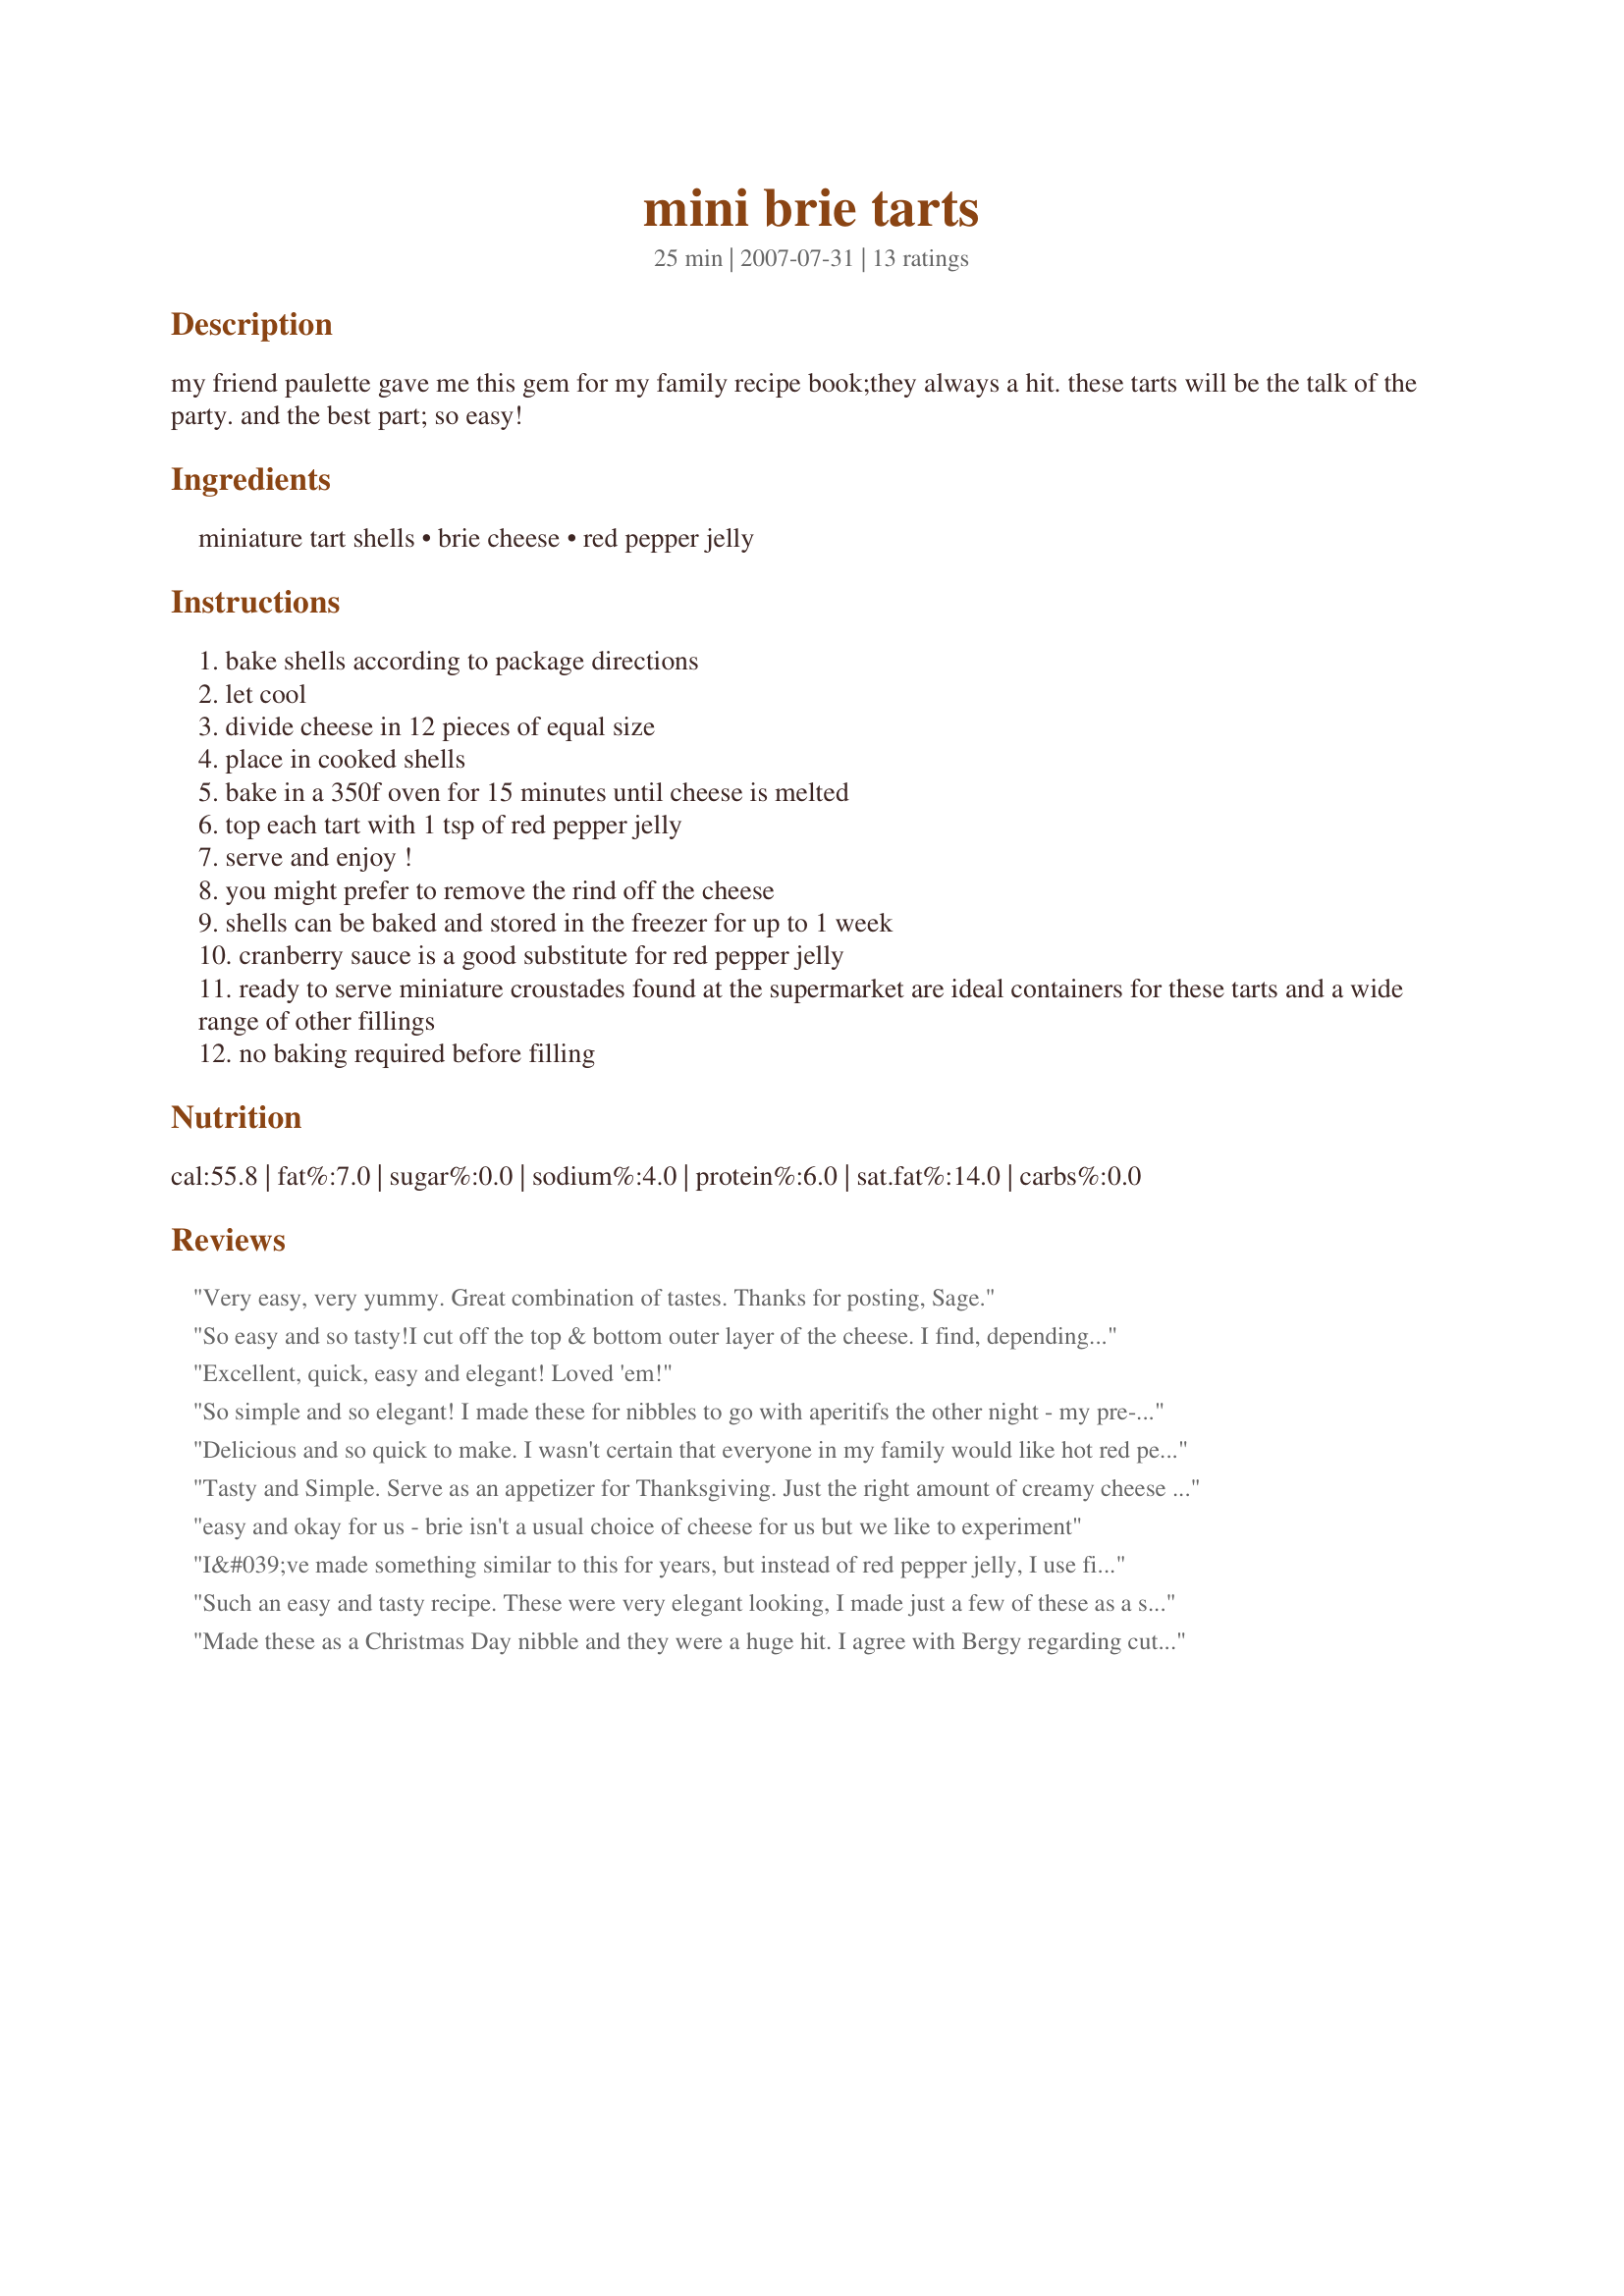
mini brie tarts
Preparation time: 25 minutes

my friend paulette gave me this gem for my family recipe book;they always a hit. these tarts will be the talk of the party.
and the best part; so easy!

Ingredients:
miniature tart shells, brie cheese, red pepper jelly

Steps:
bake shells according to package directions
let cool
divide cheese in 12 pieces of equal size
place in cooked shells
bake in a 350f oven for 15 minutes until cheese is melted
top each tart with 1 tsp of red pepper jelly
serve and enjoy !
you might prefer to remove the rind off the cheese
shells can be baked and stored in the freezer for up to 1 week
cranberry sauce is a good substitute for red pepper jelly
ready to serve miniature croustades found at the supermarket are ideal containers for these tarts and a wide range of other fillings
no baking required before filling

Reviews:
Very easy, very yummy. Great combination of tastes. Thanks for posting, Sage.
So easy and so tasty!I cut off the top & bottom outer layer of the cheese. I find, depending on the brand, that the outside can be bitter. Also I reccommend that you use unsweetened tart shells. I used yellow Habanero jelly and it was quite pretty on the cheese.. Thanks Sage for a lovely Appetizer - I will use this one over & over again
.21 Dec 08
I love these appies however when I opened my brie cheese it was - GONE- I mean really bad and I only bought it a week ago - Can't remember which store I bought it from so Boo Hoo - Happy birds they can now feast on it. SOoo what to do - it is 2:30 appie due at three - I opened a Bluecheese/Cranberry cheese and used that - It was not as good as Brie or camenbert but it was OK - Recipe great local grocery not great! 22 Dec 09 Made again this time with Danish Brie & brandied Cranberry sauce Mmmmmmmmm
Excellent, quick, easy and elegant! Loved 'em!
So simple and so elegant! I made these for nibbles to go with aperitifs the other night - my pre-baked tart shells were bigger than stated, but I just increased the filling! I used my own confit d'ognion with added red peppers - it was a magical combination! Thanks Sage for this easy and very tasty recipe - FT:-)
Delicious and so quick to make. I wasn't certain that everyone in my family would like hot red pepper jelly (the only kind I could find) so I only used it on half of the tarts. For the other half I added orange marmalade. This made a wonderful appetizer that was enjoyed by all. I'll be making this recipe often.
Tasty and Simple. Serve as an appetizer for Thanksgiving. Just the right amount of creamy cheese flavor and hotness. Thanks for posting. Going to also serve for New Year's Eve using red and green pepper jelly.
easy and okay for us - brie isn't a usual choice of cheese for us but we like to experiment
I&#039;ve made something similar to this for years, but instead of red pepper jelly, I use fig preserves! FABULOUS for brunch!
Such an easy and tasty recipe. These were very elegant looking, I made just a few of these as a starter for an Oscars Night themed meal. I did not have red pepper jelly, so I instead used mango chutney, which came out delicious. I also removed the rind from the cheese before adding to the tart shells.
Made these as a Christmas Day nibble and they were a huge hit. I agree with Bergy regarding cutting the rindy layer off the brie....just made it more appealing to me. I used hot cherry pepper jelly and it was an absolutely delicious appetizer. Thanks for a definite keeper that I will use over and over again. By the way, our mini tart shells come in pkg's of 18 and I had plenty of cheese in the size recommended in the recipe to fill all 18 shells.
Wonderful and super easy little nibbles; I used red pepper jelly and it really made the flavour POP. I cut off most of the rind as well. Made for Family Picks ZWT5.
My grocery store did not have mini tart shells, so I substitute phyllo cups. They came out great! Will definitely use this recipe again. There were 15 phyllo cups in a pkg so it made a few more than 12.
Couldn't be easier to make and looked and tasted great. This is such a good idea for spur of the moment guests. I'll be keeping supplies for this on hand from now on. I had to use phillo cups as no tart shells to be found. You can sure use your imagination to change up the toppings based on what you have on hand.
